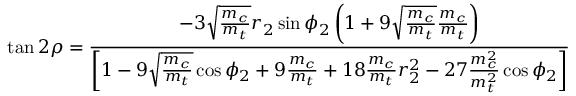
\tan 2 \rho = \frac { - 3 \sqrt { \frac { m _ { c } } { m _ { t } } } r _ { 2 } \sin \phi _ { 2 } \left( 1 + 9 \sqrt { \frac { m _ { c } } { m _ { t } } } \frac { m _ { c } } { m _ { t } } \right) } { \left[ 1 - 9 \sqrt { \frac { m _ { c } } { m _ { t } } } \cos \phi _ { 2 } + 9 \frac { m _ { c } } { m _ { t } } + 1 8 \frac { m _ { c } } { m _ { t } } r _ { 2 } ^ { 2 } - 2 7 \frac { m _ { c } ^ { 2 } } { m _ { t } ^ { 2 } } \cos \phi _ { 2 } \right] }